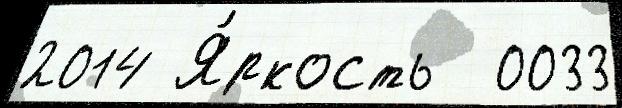
2014 Я́ркость  0033